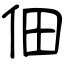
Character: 佃